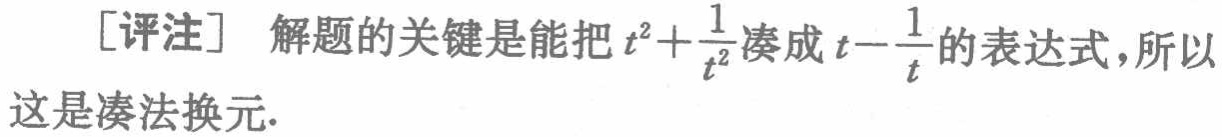
[评注] 解题的关键是能把 \(t^{2}+\frac{1}{t^{2}}\) 凑成 \(t - \frac{1}{t}\) 的表达式，所以这是凑法换元.